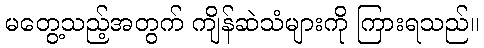
မတွေ့သည့်အတွက် ကျိန်ဆဲသံများကို ကြားရသည်။